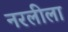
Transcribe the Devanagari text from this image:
नरलीला